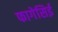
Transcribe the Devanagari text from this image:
फागेसिई